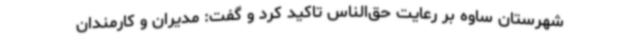
شهرستان ساوه بر رعایت حق‌الناس تاکید کرد و گفت: مدیران و کارمندان